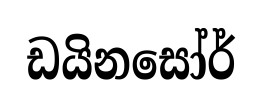
ඩයිනසෝර්